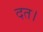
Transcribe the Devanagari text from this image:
दत।